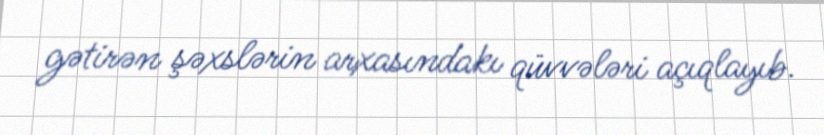
gətirən şəxslərin arxasındakı qüvvələri açıqlayıb.